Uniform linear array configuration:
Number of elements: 4
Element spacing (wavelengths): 0.5
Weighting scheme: uniform
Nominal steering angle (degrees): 15
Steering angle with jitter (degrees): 13.547
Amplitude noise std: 0.05
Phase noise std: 0.05

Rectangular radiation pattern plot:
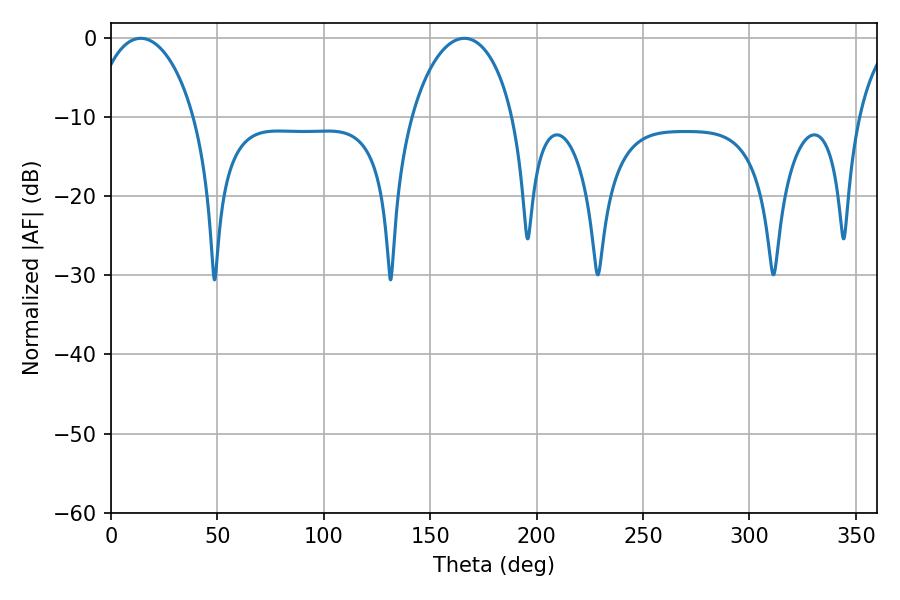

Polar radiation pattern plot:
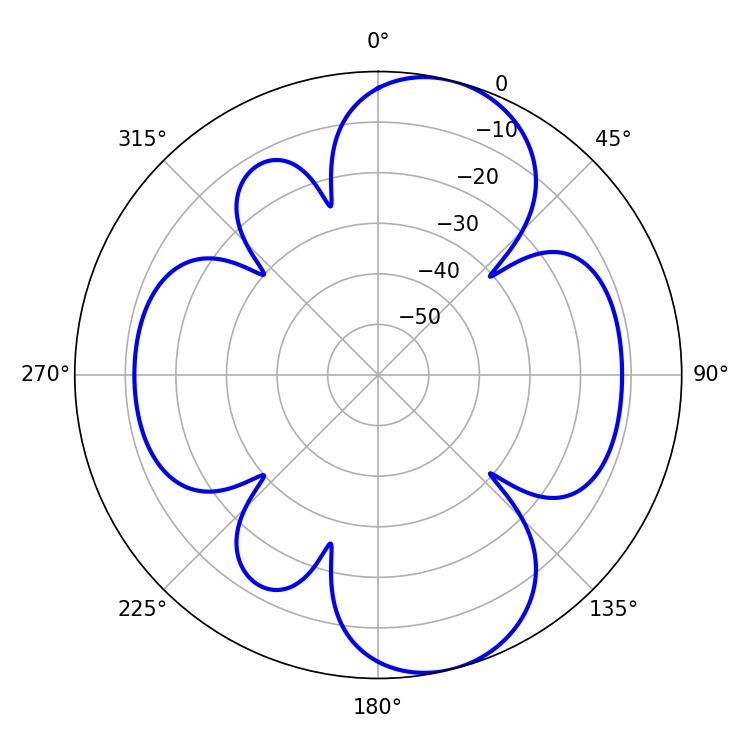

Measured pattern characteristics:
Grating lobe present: FALSE
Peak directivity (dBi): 9.261
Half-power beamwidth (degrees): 27.36
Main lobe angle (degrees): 14.04